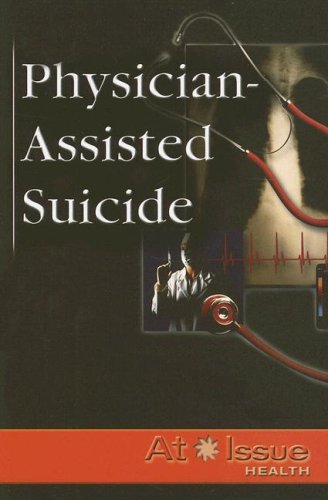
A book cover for Physician-Assisted Suicide (At Issue); James H. Ondrey; Teen & Young Adult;